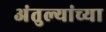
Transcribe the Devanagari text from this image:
अंतुल्यांच्या